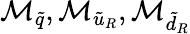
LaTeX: \mathcal{M}_{\tilde{{q}}},\mathcal{M}_{{\tilde{{u}}}_{R}},\mathcal{M}_{{\tilde{{d}}}_{R}}